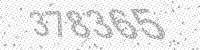
Solution: 378365